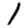
Digit: 1